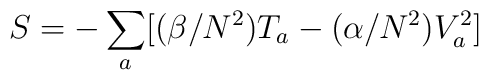
S = - \sum_a [(\beta/N^2) T_a  -  (\alpha/N^2) V_a^2 ]